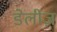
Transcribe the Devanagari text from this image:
डेलीज़